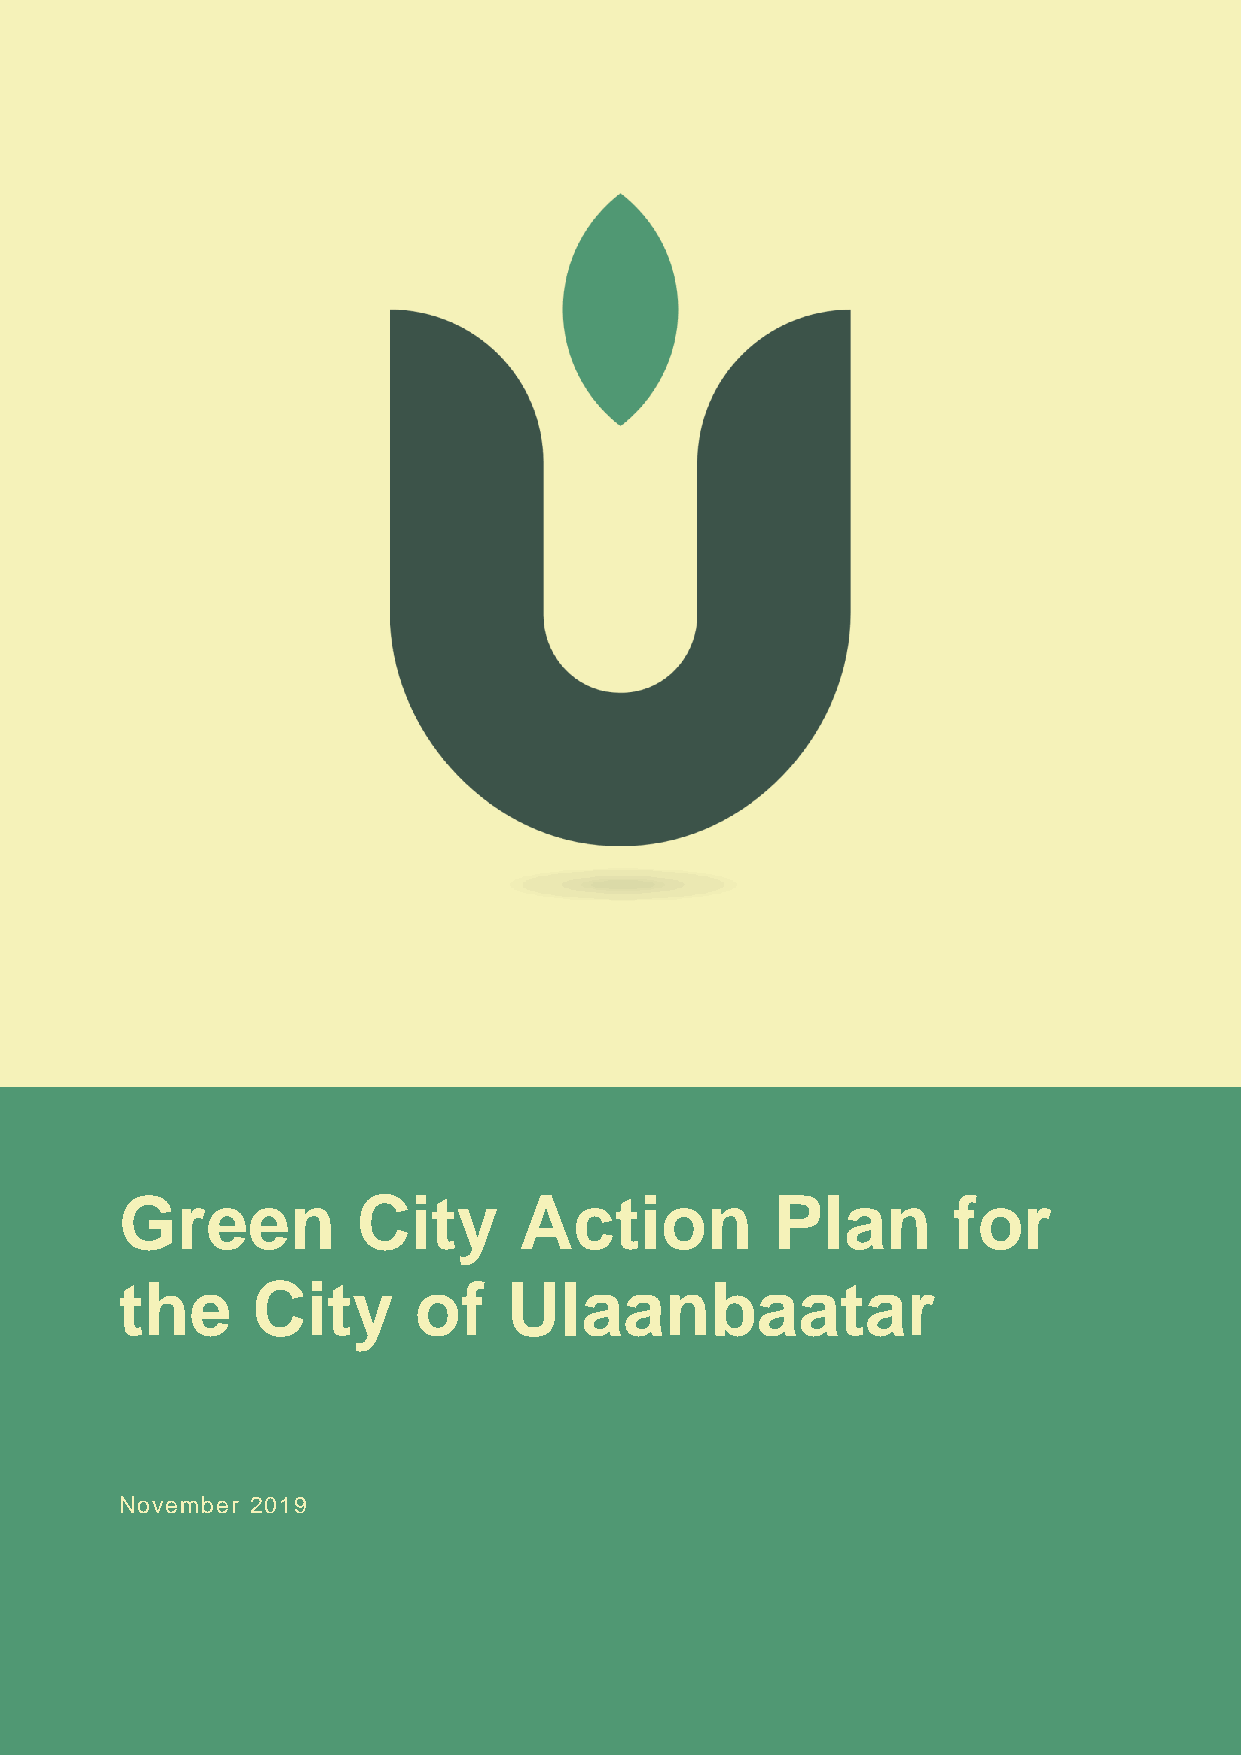
Green City Action Plan for the City of Ulaanbaatar
 Green           City      Action           Plan        for
 the      City      of     Ulaanbaatar
 November 2019
 1